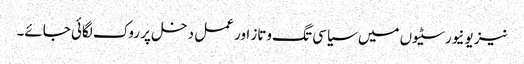
نیز یونیورسٹیوں میں سیاسی تگ وتاز اور عمل دخل پر روک لگائی جائے۔